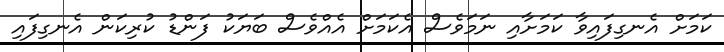
ކަމަށް އެނގިފައިވާ ކަމަށާއި ނަމަވެސް އެކަމަށް އެއްވެސް ބަޔަކު ފަންޑު ކުރިކަން އެނގިފައި